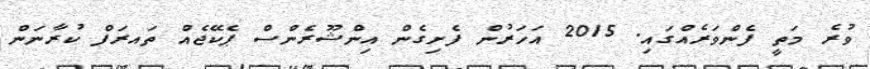
ވުރެ މަތީ ފެންވަރެއްގައި. 2015 އަހަރުން ފެށިގެން އިންޝޫރެންސް ޕެކޭޖެއް ތައރަފް ކުރާނަން